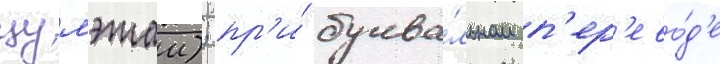
цумэтаи); пр'и́ буква́льном п'ер'ево́д'е